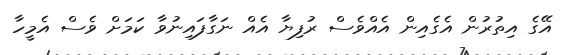
އޭގެ އިތުރުން އެގެއިން އެއްވެސް ރުފިޔާ އެއް ނަގާފައިނުވާ ކަމަށް ވެސް އެމީހާ